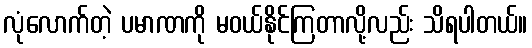
လုံလောက်တဲ့ ပမာဏကို မဝယ်နိုင်ကြတာလို့လည်း သိရပါတယ်။